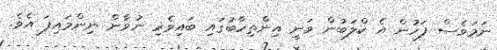
ނަމަވެސް ފަހުން އެ ކްލަބުން ވަނީ އިންތިހާބުގައި ބައިވެރި ނުވާން ނިންމައިފަ އެވެ.